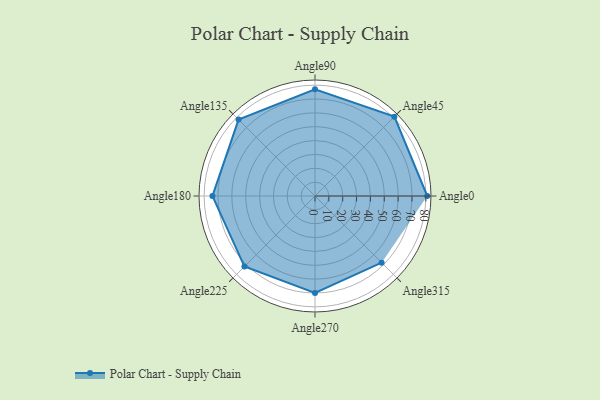
{"axis": {"x": "Angle", "y": "Radius"}, "legend": [""], "data": [{"x": "Angle0", "y": 81.0, "type": ""}, {"x": "Angle45", "y": 81.0, "type": ""}, {"x": "Angle90", "y": 77.0, "type": ""}, {"x": "Angle135", "y": 78.0, "type": ""}, {"x": "Angle180", "y": 74.0, "type": ""}, {"x": "Angle225", "y": 72.0, "type": ""}, {"x": "Angle270", "y": 70.0, "type": ""}, {"x": "Angle315", "y": 68.0, "type": ""}]}